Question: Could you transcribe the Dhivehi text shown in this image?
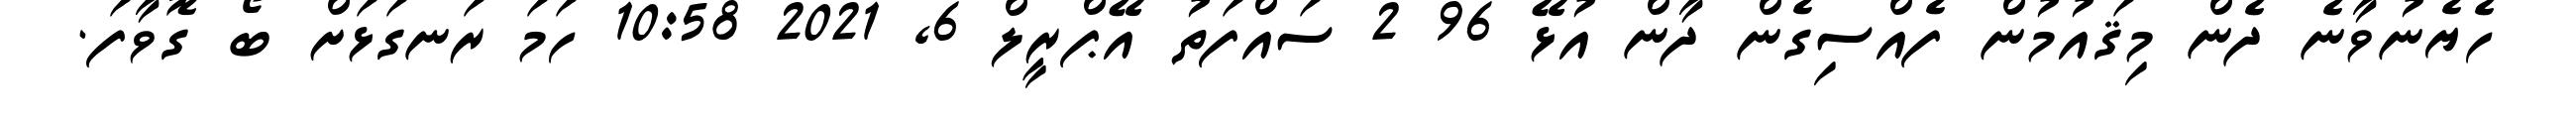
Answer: ހެޔެނުވާނެ ދެން މިޤައުމުން ފެއްސިގެން ދާން އުޅޭ 96 2 ސައްފަތު އޭޕްރީލް 6, 2021 10:58 ހަމަ ރަނގަޅަށް ބޯ ގޮވާފަ.